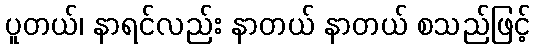
ပူတယ်၊ နာရင်လည်း နာတယ် နာတယ် စသည်ဖြင့်